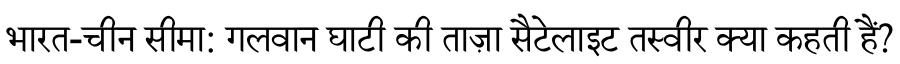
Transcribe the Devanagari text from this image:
भारत-चीन सीमा: गलवान घाटी की ताज़ा सैटेलाइट तस्वीर क्या कहती हैं?